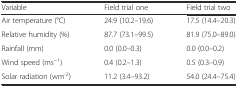
<table><thead><tr><td><b>Variable</b></td><td><b>Field trial one</b></td><td><b>Field trial two</b></td></tr></thead><tbody><tr><td>Air temperature (°C)</td><td>24.9 (10.2–19.6)</td><td>17.5 (14.4–20.3)</td></tr><tr><td>Relative humidity (%)</td><td>87.7 (73.1–99.5)</td><td>81.9 (75.0–89.0)</td></tr><tr><td>Rainfall (mm)</td><td>0.0 (0.0–0.3)</td><td>0.0 (0.0–0.2)</td></tr><tr><td>Wind speed (ms<sup>−1</sup>)</td><td>0.4 (0.2–1.3)</td><td>0.5 (0.3–0.9)</td></tr><tr><td>Solar radiation (wm<sup>-2</sup>)</td><td>11.2 (3.4–93.2)</td><td>54.0 (24.4–75.4)</td></tr></tbody></table>